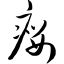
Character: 瘿